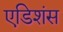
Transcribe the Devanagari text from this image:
एडिशंस